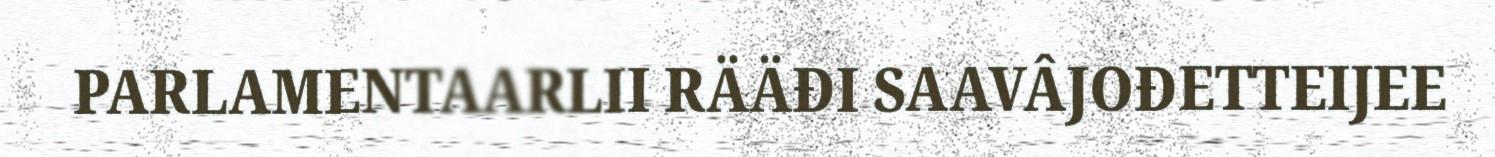
PARLAMENTAARLII RÄÄĐI SAAVÂJOĐETTEIJEE